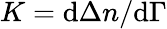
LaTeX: K=\mathrm{d}\Delta n/\mathrm{d}\Gamma